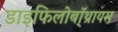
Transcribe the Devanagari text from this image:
डाइफिलोबॉ्थ्रायम